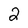
Character: 2